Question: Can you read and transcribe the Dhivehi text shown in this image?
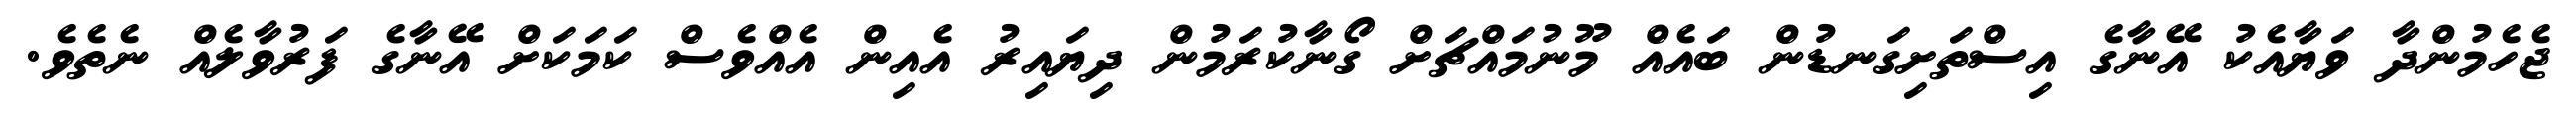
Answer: ޖެހެމުންދާ ވަޔާއެކު އޭނާގެ އިސްތަށިގަނޑުން ބައެއް މޫނުމައްޗަށް ގޯނާކުރަމުން ދިޔައިރު އެއިން އެއްވެސް ކަމަކަށް އޭނާގެ ފަރުވާލެއް ނެތެވެ.